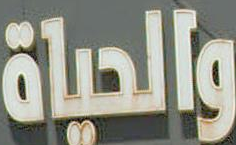
والحياة